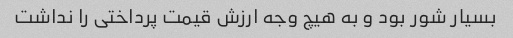
بسیار شور بود و به هیچ وجه ارزش قیمت پرداختی را نداشت